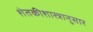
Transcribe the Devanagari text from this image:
शेतकीशास्त्रानुसार